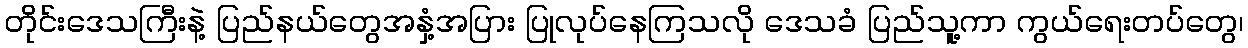
တိုင်းဒေသကြီးနဲ့ ပြည်နယ်တွေအနှံ့အပြား ပြုလုပ်နေကြသလို ဒေသခံ ပြည်သူ့ကာ ကွယ်ရေးတပ်တွေ၊